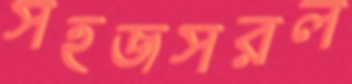
সহজসরল